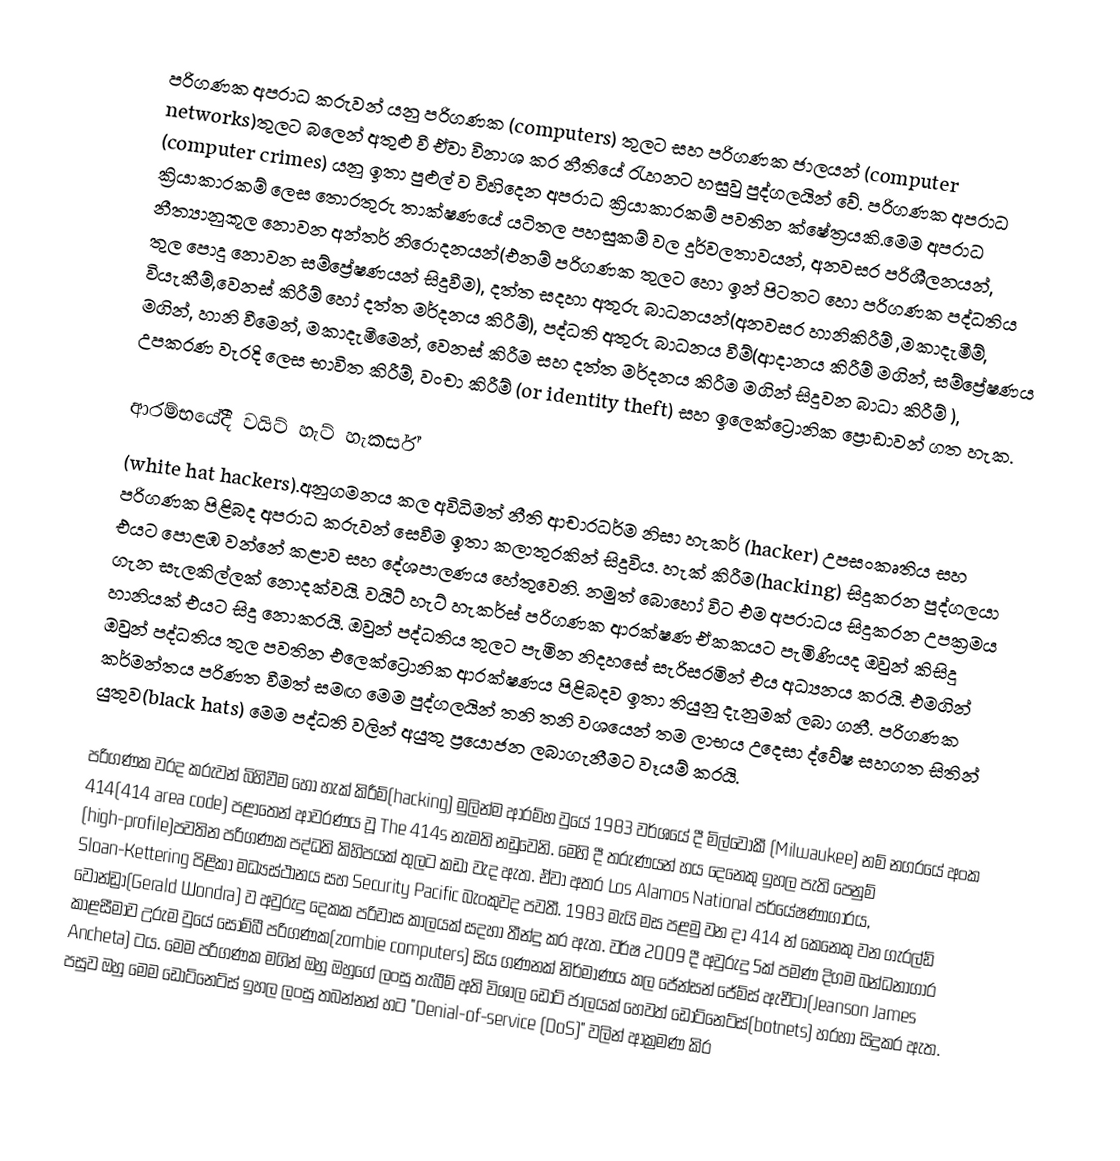
පරිගණක අපරාධ කරුවන් යනු පරිගණක (computers) තුලට සහ පරිගණක ජාලයන් (computer networks)තුලට බලෙන් අතුළු වී ඒවා විනාශ කර නීතියේ රැහනට හසුවු පුද්ගලයින් වේ. පරිගණක අපරාධ (computer crimes) යනු ඉතා පුළුල් ව විහිදෙන අපරාධ ක්‍රියාකාරකම් පවතින ක්ෂේත්‍රයකි.මෙම අපරාධ ක්‍රියාකාරකම් ලෙස තොරතුරු තාක්ෂණයේ යටිතල පහසුකම් වල දුර්වලතාවයන්, අනවසර පරිශීලනයන්, නීත්‍යානුකූල නොවන අන්තර් නිරොදනයන්(එනම් පරිගණක තුලට හො ඉන් පිටතට හො පරිගණක පද්ධතිය තුල පොදු නොවන සම්ප්‍රේෂණයන් සිදුවීම), දත්ත සදහා අතුරු බාධනයන්(අනවසර හානිකිරීම් ,මකාදැමීම්, වියැකීම්,වෙනස් කිරීම් හෝ දත්ත මර්දනය කිරීම්), පද්ධති අතුරු බාධනය වීම්(ආදානය කිරීම් මගින්, සම්ප්‍රේෂණය මගින්, හානි වීමෙන්, මකාදැමීමෙන්, වෙනස් කිරීම සහ දත්ත මර්දනය කිරීම මගින් සිදුවන බාධා කිරීම් ), උපකරණ වැරදි ලෙස භාවිත කිරීම්, වංචා කිරීම් (or identity theft) සහ ඉලෙක්ට්‍රොනික ප්‍රොඩාවන් ගත හැක.

ආරම්භයේදී වයිට් හැට් හැකර්ස්
(white hat hackers).අනුගමනය කල අවිධිමත් නීති ආචාරධර්ම නිසා හැකර් (hacker) උපසංකෘතිය සහ පරිගණක පිළිබද අපරාධ කරුවන් සෙවීම ඉතා කලාතුරකින් සිදුවිය. හැක් කිරීම(hacking) සිදුකරන පුද්ගලයා එයට පොළඹ වන්නේ කළාව සහ දේශපාලණය හේතුවෙනි. නමුත් බොහෝ විට එම අපරාධය සිදුකරන උපක්‍රමය ගැන සැලකිල්ලක් නොදක්වයි. වයිට් හැට් හැකර්ස් පරිගණක ආරක්ෂණ ඒකකයට පැමිණියද ඔවුන් කිසිදු හානියක් එයට සිදු නොකරයි. ඔවුන් පද්ධතිය තුලට පැමින නිදහසේ සැරිසරමින් එය අධ්‍යනය කරයි. එමගින් ඔවුන් පද්ධතිය තුල පවතින එලෙක්ට්‍රොනික ආරක්ෂණය පිළිබදව ඉතා තියුනු දැනුමක් ලබා ගනී. පරිගණක කර්මන්තය පරිණත වීමත් සමඟ මෙම පුද්ගලයින් තනි තනි වශයෙන් තම ලාභය උදෙසා ද්වේෂ සහගත සිතින් යුතුව(black hats) මෙම පද්ධති වලින් අයුතු ප්‍රයොජන ලබාගැනීමට වෑයම් කරයි.

පරිගණක වරද කරුවන් බිහිවීම හෝ හැක් කිරීම්(hacking) මුලින්ම ආරම්භ වුයේ 1983 වර්ශයේ දී මිල්වොකී (Milwaukee) නම් නගරයේ අංක 414(414 area code) පළාතෙන් ආවරණය වූ The 414s නැමති නඩුවෙනි. මෙහි දී තරුණයන් හය දෙනෙකු ඉහල පැති පෙනුම් (high-profile)පවතින පරිගණක පද්ධති කිහිපයක් තුලට කඩා වැද ඇත. ඒවා අතර Los Alamos National පර්යේෂණාගාරය, Sloan-Kettering පිළිකා මධ්‍යස්ථානය සහ Security Pacific බැංකුවද පවතී. 1983 මැයි මස පළමු වන දා 414 න් කෙනෙකු වන ගැරල්ඩ් වොන්ඩ්‍රා(Gerald Wondra) ව අවුරුදු දෙකක පරිවාස කාලයක් සදහා තීන්දු කර ඇත. වර්ෂ 2009 දී අවුරුදු 5ක් පමණ දිගම බන්ධනාගාර කාළසීමාව උරුම වුයේ සොම්බී පරිගණක(zombie computers) සිය ගණනක් නිර්මාණය කල ජේන්සන් ජේම්ස් ඇචීටා(Jeanson James Ancheta) ටය. මෙම පරිගණක මගින් ඔහු ඔහුගේ ලංසු තැබීම් අති විශාල ඩොට් ජාලයක් හෙවත් ඩොට්නෙට්ස්(botnets) හරහා සිදුකර ඇත.  පසුව ඔහු මෙම ඩොට්නෙට්ස් ඉහල ලංසු තබන්නන් හට "Denial-of-service (DoS)" වලින් ආක්‍රමණ කිර